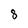
Character: 8